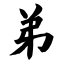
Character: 弟